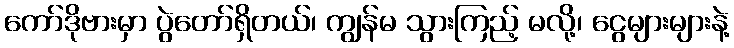
ကော်ဒိုဗားမှာ ပွဲတော်ရှိတယ်၊ ကျွန်မ သွားကြည့် မလို့၊ ငွေများများနဲ့